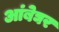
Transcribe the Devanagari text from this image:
आंबेघर